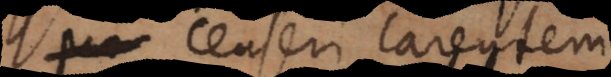
censeri carentem